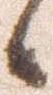
候